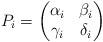
LaTeX: \begin{align*}P_i = \begin{pmatrix} \alpha_i & \beta_i \cr \gamma_i & \delta_i \end{pmatrix} \end{align*}